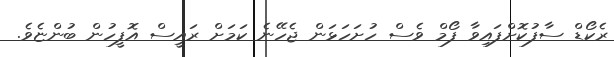
ރެކޯޑް ސާފުކޮށްފައިވާ ފޯމް ވެސް ހުށަހަޅަން ޖެހޭނެ ކަމަށް ރައީސް އޮފީހުން ބުންޏެވެ.